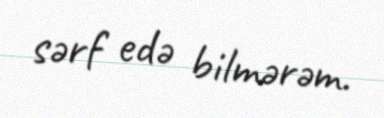
sərf edə bilmərəm.